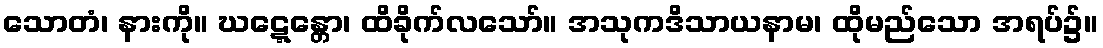
သောတံ၊ နားကို။ ဃဋ္ဋေန္တော၊ ထိခိုက်လသော်။ အသုကဒိသာယနာမ၊ ထိုမည်သော အရပ်၌။